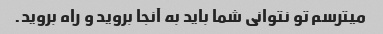
میترسم تو نتوانی شما باید به آنجا بروید و راه بروید.